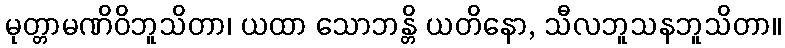
မုတ္တာမဏိဝိဘူသိတာ၊ ယထာ သောဘန္တိ ယတိနော, သီလဘူသနဘူသိတာ။